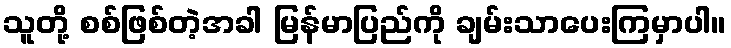
သူတို့ စစ်ဖြစ်တဲ့အခါ မြန်မာပြည်ကို ချမ်းသာပေးကြမှာပါ။